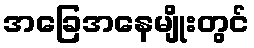
အခြေအနေမျိုးတွင်